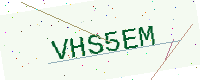
Text: VHS5EM